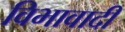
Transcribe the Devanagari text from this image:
विभावादी